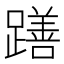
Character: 𮜖